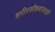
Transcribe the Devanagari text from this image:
शरीरसौष्ठवासाठी